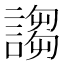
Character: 謅